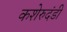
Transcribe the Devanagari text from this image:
कशेरुदंडी